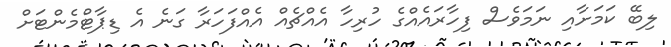
ލިބޭ ކަމަށާއި ނަމަވެސް ފިހާރައެއްގެ ހުރިހާ އެއްޗެއް އެއްފަހަރާ ގަނެ އެ ޑިޕާޓްމެންޓަށް